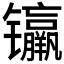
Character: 𰿊